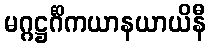
မဂ္ဂဋ္ဌင်္ဂိကယာနယာယိနီ